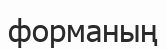
форманың